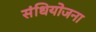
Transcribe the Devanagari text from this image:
संधियोजना